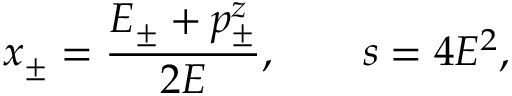
x _ { \pm } = \frac { E _ { \pm } + p _ { \pm } ^ { z } } { 2 E } , \qquad s = 4 E ^ { 2 } ,